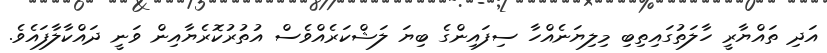
އަދި ތައްޔާރީ ހާލަތުގައިތިބި މިލިޔަނެއްހާ ސިފައިންގެ ބިޔަ ލަޝްކަރެއްވެސް އުތުރުކޮރެޔާއިން ވަނީ ދައްކާލާފައެވެ.